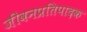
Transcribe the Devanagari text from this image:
जीवनप्रतिपादक